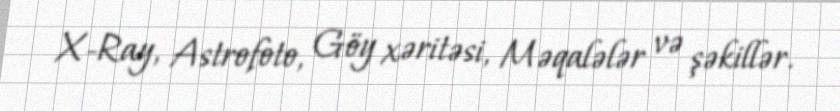
X-Ray, Astrofoto, Göy xəritəsi, Məqalələr və şəkillər.